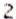
2